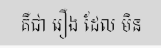
គឺជា រឿង ដែល មិន